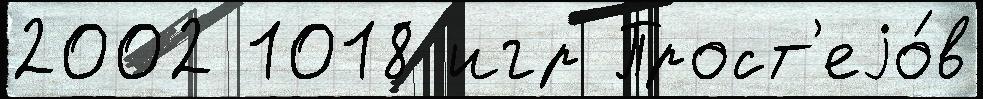
2002 1018 игр Прост'еjо́в